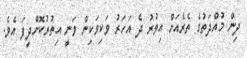
ދިން މުއްދަތުގެ ތެރެއަށް އިތުރު ދެ އަހަރު ވަކިވަކިން ވަނީ އިތުރުކޮށްދީފަ އެވެ.